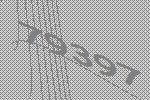
79397